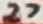
Text: 27